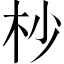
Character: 杪